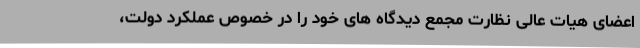
اعضای هیات عالی نظارت مجمع دیدگاه های خود را در خصوص عملکرد دولت،